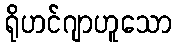
ရိုဟင်ဂျာဟူသော